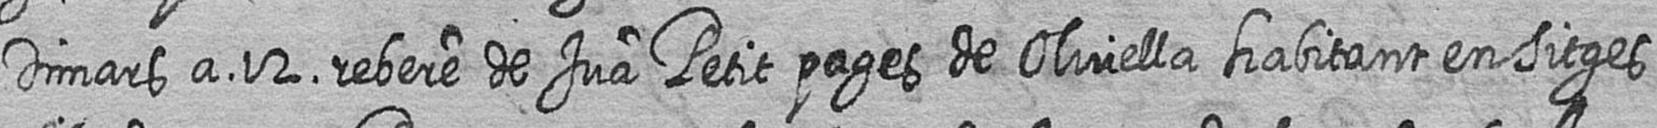
Dimars a 12 rebere de Jua Petit pages de Olivella habitant en Sitges